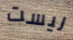
ليست